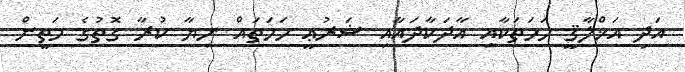
އަދި އަޚްލާޤީ ހަމަތަކާއި އާދަކާދައާއި ޝަރުޢީ ހަމަތައް ނިޔާ ކުރާ ގޮތުގެ މަތީން